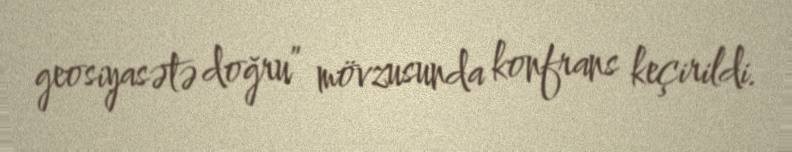
geosiyasətə doğru” mövzusunda konfrans keçirildi.